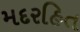
મદરહિત